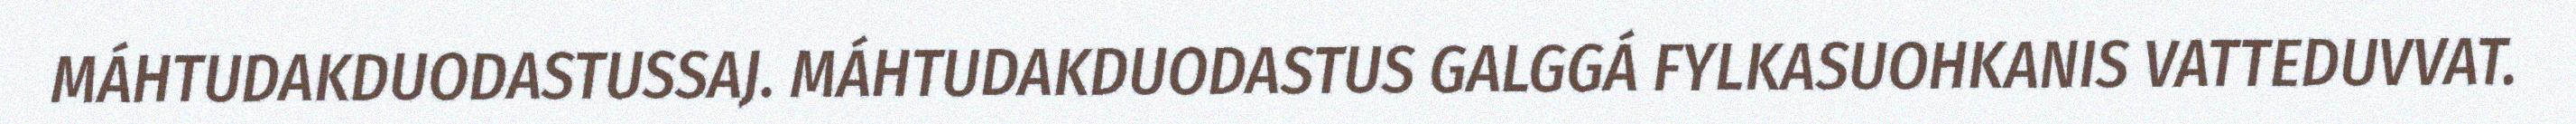
MÁHTUDAKDUODASTUSSAJ. MÁHTUDAKDUODASTUS GALGGÁ FYLKASUOHKANIS VATTEDUVVAT.